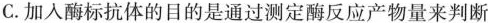
C.加入酶标抗体的目的是通过测定酶反应产物量来判断